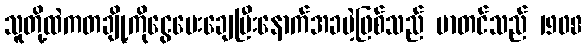
သူတို့ထဲကတချို့ကိုငွေပေးချေပြီးနောက်အခမဲ့ဖြစ်သည် မာတင်သည် 1908